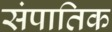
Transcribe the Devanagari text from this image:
संपातिक